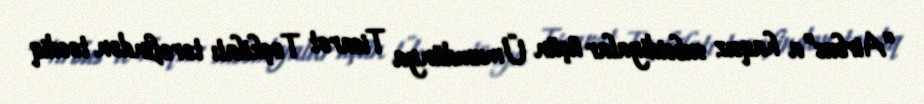
“Airbus”a haqsız subsidiyalar üçün Ümumdünya Ticarət Təşkilatı tərəfindən təsdiq